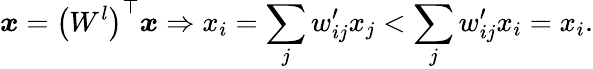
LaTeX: \boldsymbol{x}=\left(W^{l}\right)^{\top}\boldsymbol{x}\Rightarrow x_{i}=\sum_{j}w_{ij}^{\prime}x_{j}<\sum_{j}w_{ij}^{\prime}x_{i}=x_{i}.